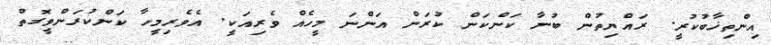
އިންތިޚާބުކުރީ. ރައްޔިތުން ބުނާ ކަންކަން ކުރަން އަންނަ މީހެއް ވެރިއަކީ. އެވެރިމީހާ ކަންކުރަންވީގޮތް